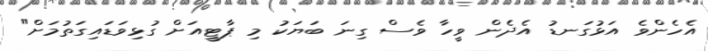
އެހެންވެ އަޅުގަނޑު އެދެން ވީހާ ވެސް ގިނަ ބަޔަކު މި ޕާޓީއަށް ގުޅިވަޑައިގަތުމަށް"